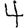
Digit: 4